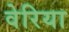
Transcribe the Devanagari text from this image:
वेरिया